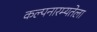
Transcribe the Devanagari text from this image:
कल्पनारम्यतेला